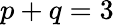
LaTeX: p+q=3